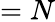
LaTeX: =N